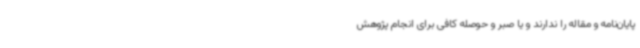
پایان‌نامه و مقاله را ندارند و یا صبر و حوصله کافی برای انجام پژوهش